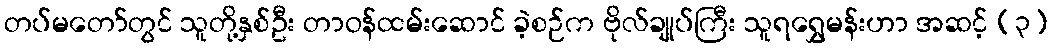
တပ်မတော်တွင် သူတို့နှစ်ဦး တာဝန်ထမ်းဆောင် ခဲ့စဉ်က ဗိုလ်ချုပ်ကြီး သူရရွှေမန်းဟာ အဆင့် (၃)